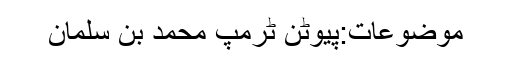
موضوعات:پیوٹن ٹرمپ محمد بن سلمان